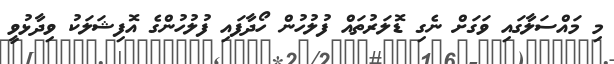
މި މައްސަލާގައި ވަގަށް ނެގި ޑޮލަރުތައް ފުލުހުން ހޯދާފައި ފުލުހުންގެ އޮފިޝަލަކު ވިދާޅުވީ